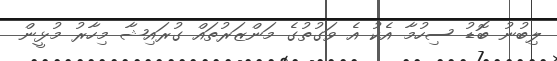
ލިބުނު ބޮޑު ސިހުމާ އެކު އެ ވަގުތުގެ މަންޒަރުތައް ގުރައިޝާ މިހާރު މުޅީން